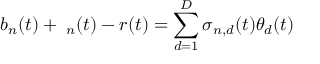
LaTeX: b _ { n } ( t ) + \mathbf { \delta } _ { n } ( t ) - r ( t ) = \sum _ { d = 1 } ^ { D } \sigma _ { n , d } ( t ) \theta _ { d } ( t )